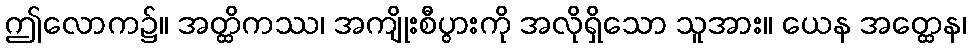
ဤလောက၌။ အတ္ထိကဿ၊ အကျိုးစီပွားကို အလိုရှိသော သူအား။ ယေန အတ္ထေန၊